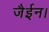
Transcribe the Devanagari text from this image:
जैईन।